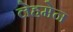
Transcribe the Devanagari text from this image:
लेहमेन